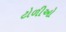
ટોળીઓ